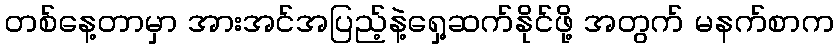
တစ်နေ့တာမှာ အားအင်အပြည့်နဲ့ရှေ့ဆက်နိုင်ဖို့ အတွက် မနက်စာက